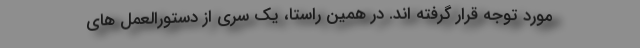
مورد توجه قرار گرفته اند. در همین راستا، یک سری از دستورالعمل های